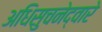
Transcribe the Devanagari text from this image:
अधिसुचनेद्वारे